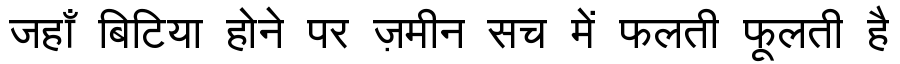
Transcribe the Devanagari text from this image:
जहाँ बिटिया होने पर ज़मीन सच में फलती फूलती है